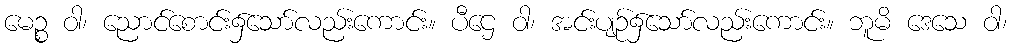
မေဉ္စ ဝါ၊ ညောင်စောင်း၌သော်လည်းကောင်း။ ပီဌေ ဝါ၊ အင်းပျဉ်၌သော်လည်းကောင်း။ ဘူမိ ဒေသေ ဝါ၊